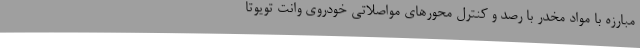
مبارزه با مواد مخدر با رصد و کنترل محورهای مواصلاتی خودروی وانت تویوتا